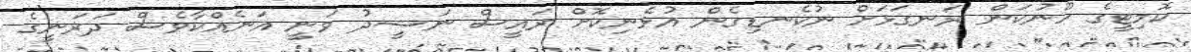
ކޮމިޓީގެ ހޫނުކަން ރަނގަޅަށް ނުކެނޑިގެން އުޅެނިކޮށް ރައީސް ނަޝީދު ވަނީ އަނެއްކާވެސް ދަރަނީގެ